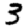
Digit: 3